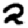
Digit: 2